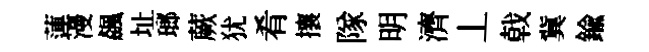
蓮漫飆址瑯蕨犹肴攘隊明濟丄戟冀鍮